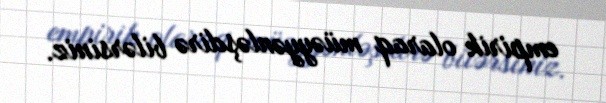
empirik olaraq müəyyənləşdirə bilərsiniz.